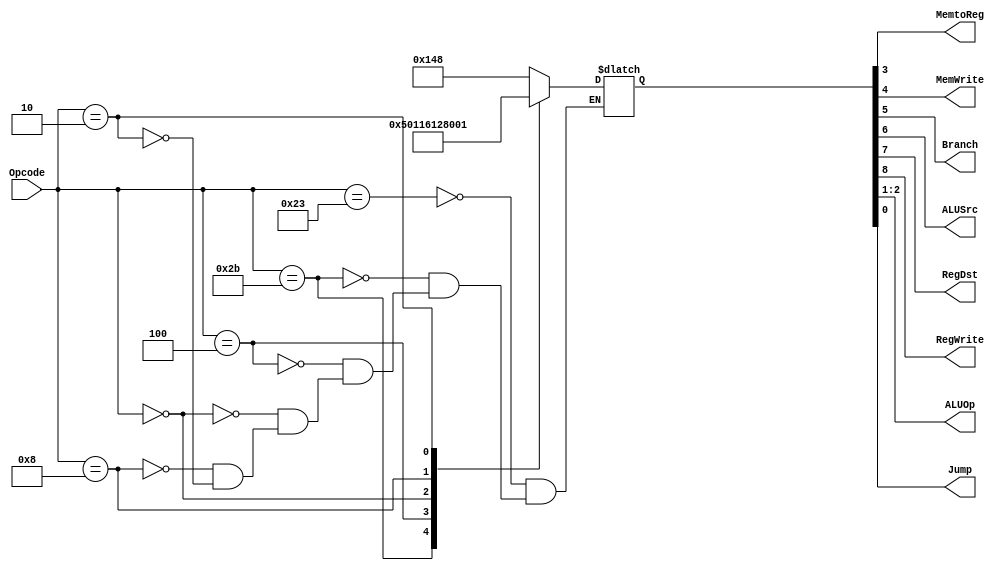
`timescale 1ns / 1ps
//////////////////////////////////////////////////////////////////////////////////
// Company: 
// Engineer: 
// 
// Design Name: 
// Module Name:    Main_Decoder 
// Project Name: 
// Target Devices: 
// Tool versions: 
// Description: 
//
// Dependencies: 
//
// Revision: 
// Revision 0.01 - File Created
// Additional Comments: The main decoder takes in the Opcode and assigns the respective bits to the 
// enables and select lines of the processor depending on the type of instruction. ss
//////////////////////////////////////////////////////////////////////////////////
module Main_Decoder( input [5:0] Opcode,
							output MemtoReg, 
							output MemWrite,
							output Branch,
							output ALUSrc, 
							output RegDst, 
							output RegWrite,
							output [1:0] ALUOp,
							output Jump
							);
							
	reg [8:0] control_output; 
	//reg [2:0] alu_operation;
	always @(*) begin 
		case (Opcode) 
		6'b100011: control_output <= 9'b101001000;  // LW
		6'b101011: control_output <= 9'b001010000; // SW
		6'b000100: control_output <= 9'b000100010; // Beq 
		6'b000000: control_output <= 9'b110000100; // R-type 
		6'b001000: control_output <= 9'b101000000; // addi  
		6'b000010: control_output <= 9'b000000001; // Jump 
		endcase
	end 
	
	// Assign Opcode to the respective multiplexers and write enables. 
	assign { RegWrite, RegDst, ALUSrc, Branch, MemWrite, MemtoReg, ALUOp[1:0], Jump } = control_output [8:0] ;

endmodule